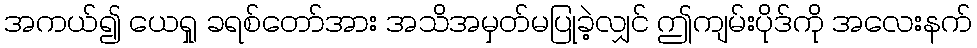
အကယ်၍ ယေရှု ခရစ်တော်အား အသိအမှတ်မပြုခဲ့လျှင် ဤကျမ်းပိုဒ်ကို အလေးနက်